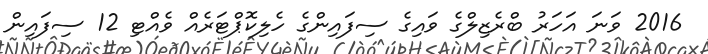
2016 ވަނަ އަހަރު ބްރެޒިލްގެ ވައިގެ ސިފައިންގެ ހެލިކޮޕްޓަރެއް ވެއްޓި 12 ސިފައިން